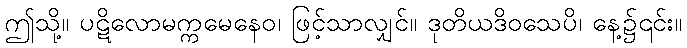
ဤသို့။ ပဋိလောမက္ကမေနေဝ၊ ဖြင့်သာလျှင်။ ဒုတိယဒိဝသေပိ၊ နေ့၌၎င်း။